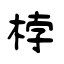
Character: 桲